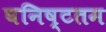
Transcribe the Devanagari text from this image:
घनिष्टतम